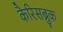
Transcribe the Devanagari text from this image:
कैरिसब्रुक